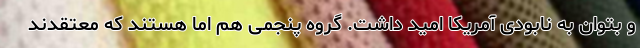
و بتوان به نابودی آمریکا امید داشت. گروه پنجمی هم اما هستند که معتقدند